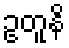
ဥတူနိ